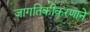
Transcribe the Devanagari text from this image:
जागतिकीकरणाने